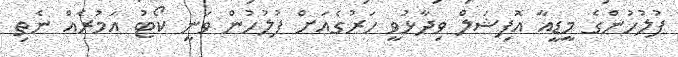
ފުލުހުންގެ މީޑީއާ އޮފިޝަލް ވިދާޅުވީ ހަރުގެއަށް ފުލުހުން ވަނީ ކޯޓު އަމުރެއް ނެތި